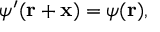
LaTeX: \psi ^ { \prime } ( \mathbf { r } + \mathbf { x } ) = \psi ( \mathbf { r } ) ,